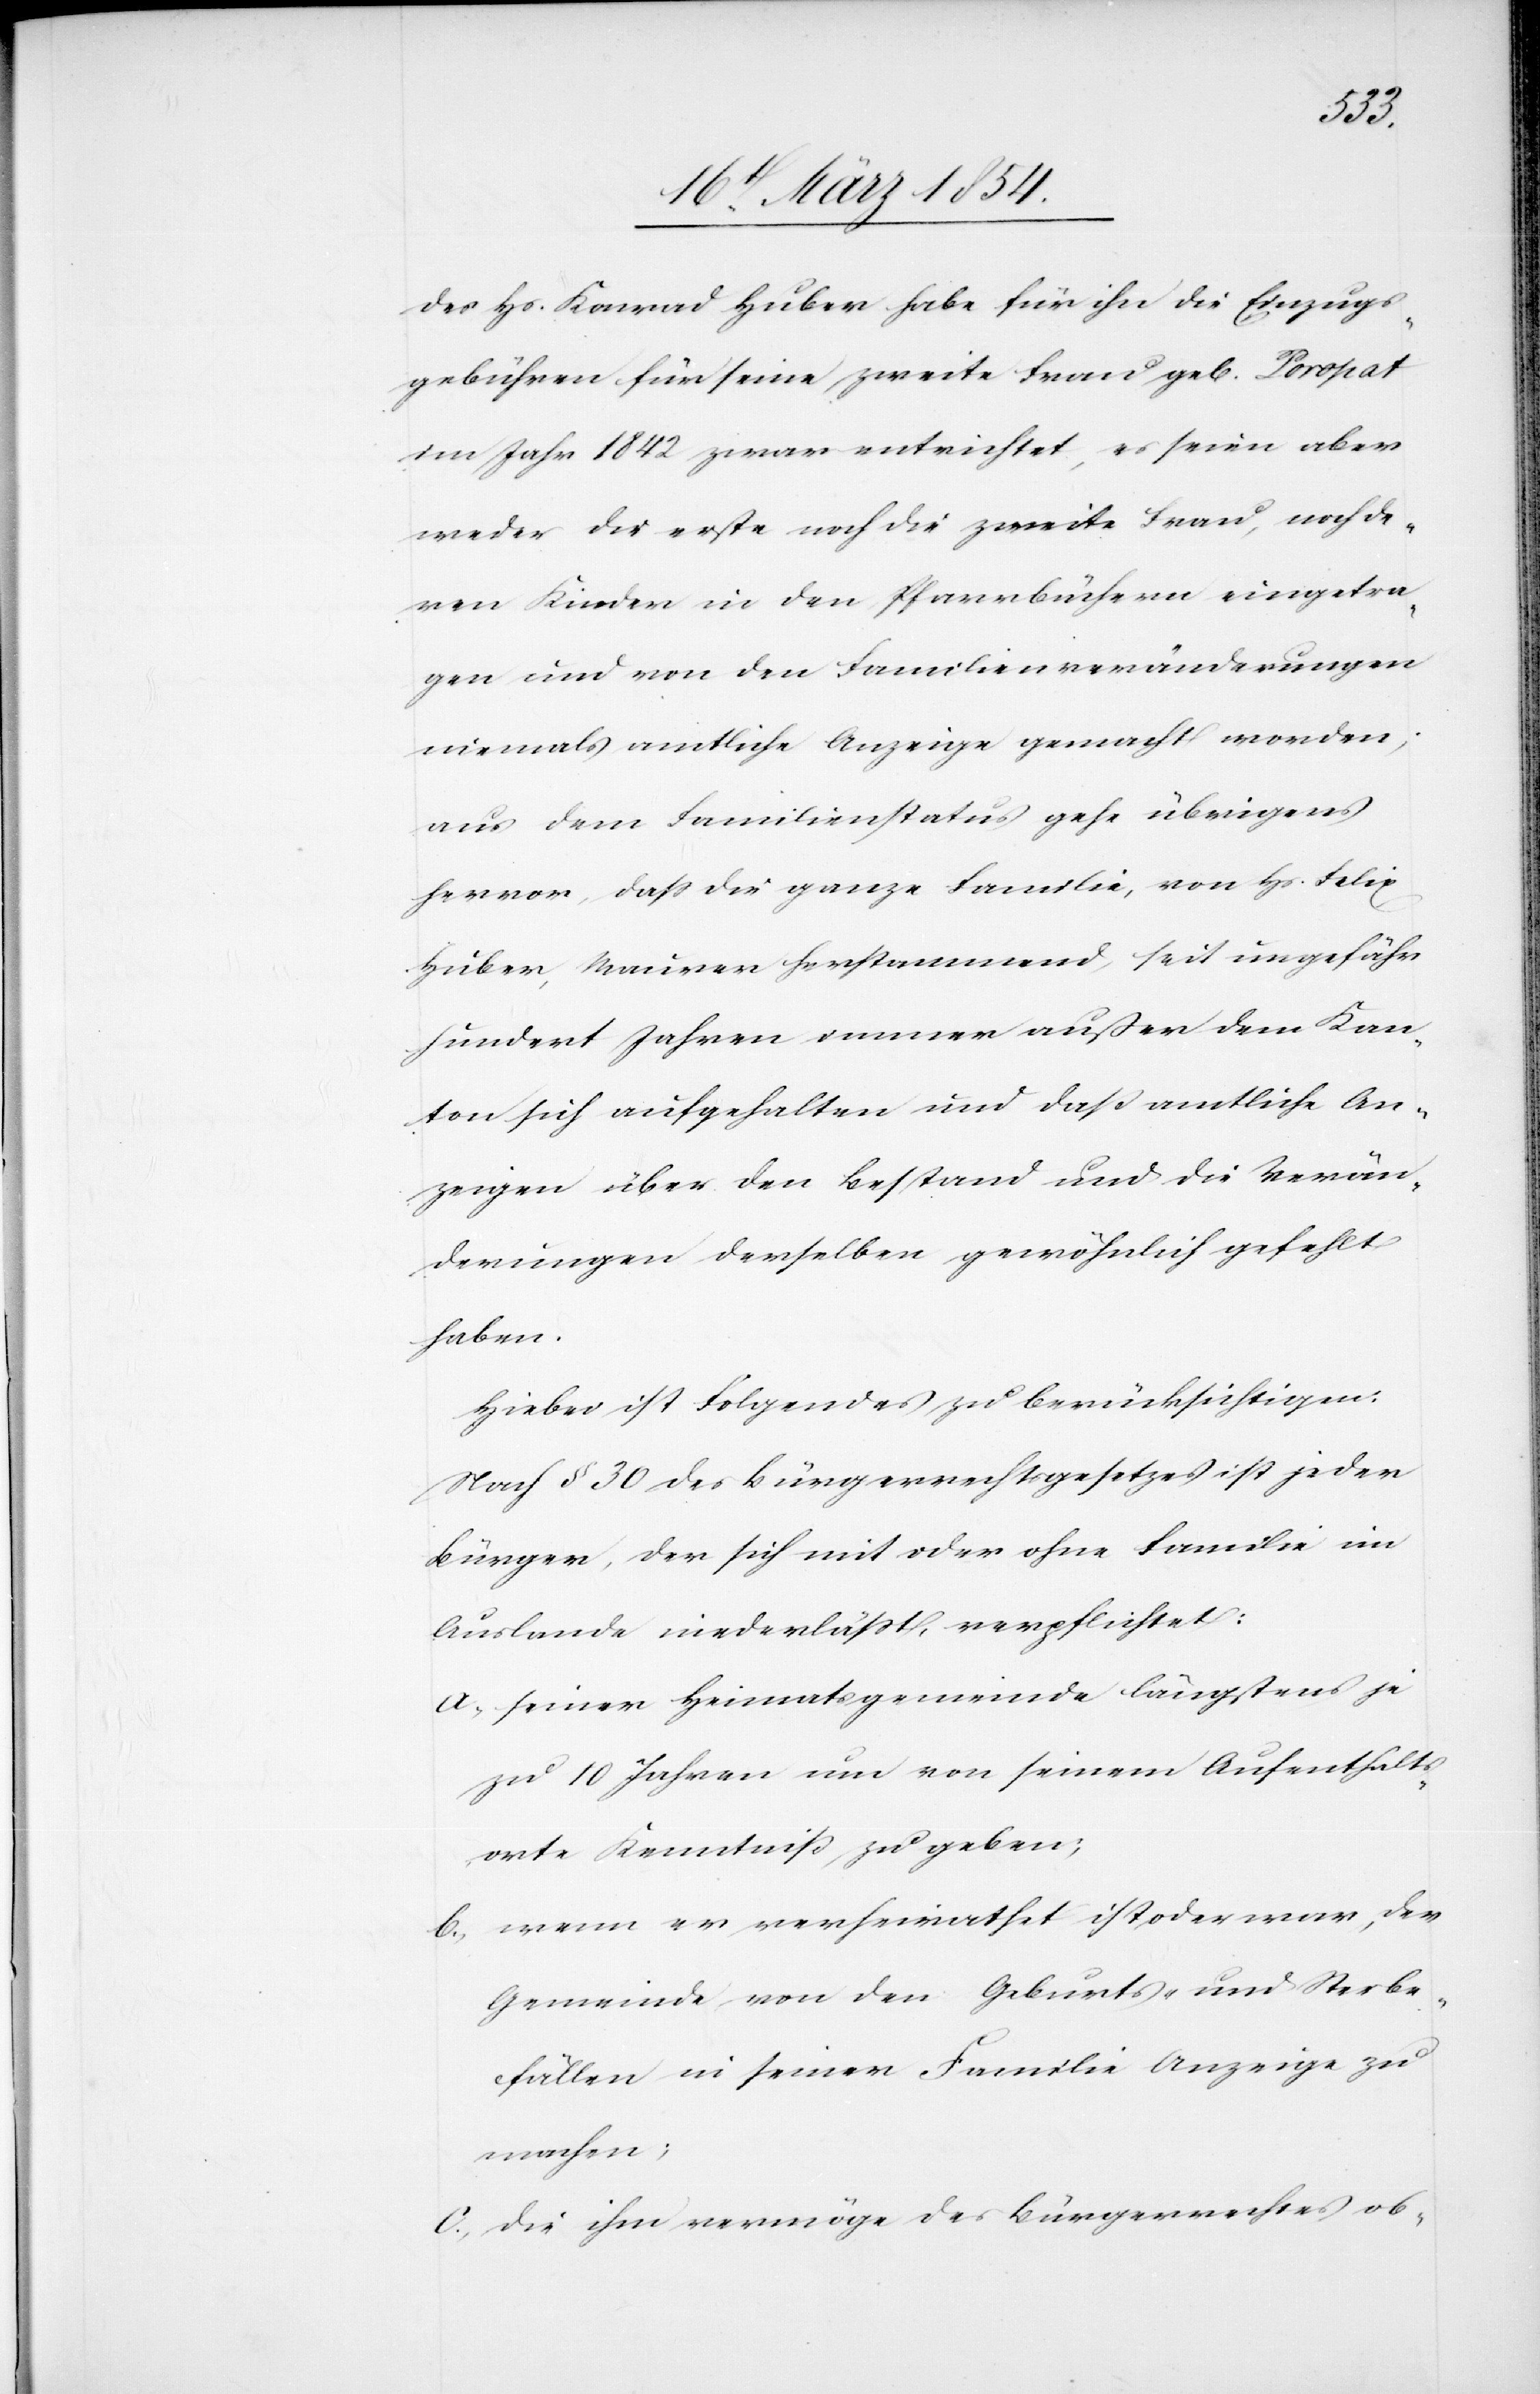
des Hs. Konrad Huber habe für ihn die Einzugs¬
gebühren für seine zweite Frau geb. Toropat
im Jahr 1842 zwar entrichtet, es seien aber
weder die erste noch die zweite Frau, noch de¬
ren Kinder in den Pfarrbüchern eingetra¬
gen und von den Familienveränderungen
niemals amtliche Anzeige gemacht worden;
aus dem Familienstatus gehe übrigens
hervor, daß die ganze Familie, von Hs. Felix
Huber, Maurer herstammend, seit ungefähr
hundert Jahren immer außer dem Kan¬
ton sich aufgehalten und daß amtliche An¬
zeigen über den Bestand und die Verän¬
derungen derselben gewöhnlich gefehlt
haben.
Hiebei ist Folgendes zu berücksichtigen:
Nach § 30 des Bürgerrechtsgesetzes ist jeder
Bürger, der sich mit oder ohne Familie im
Auslande niederläßt, verpflichtet:
a; seiner Heimatsgemeinde längstens je
zu 10 Jahren um von seinem Aufenthalts¬
orte Kenntniß zu geben;
b; wenn er verheirathet ist oder war, der
Gemeinde von den Geburts- und Sterbe¬
fällen in seiner Familie Anzeige zu
machen;
c; die ihm vermöge des Bürgerrechtes ob-